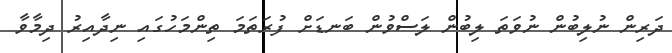
ދަރިން ނުލިބުން ނުވަތަ ލިބުން ލަސްވުން ބަނޑަށް ފުރަތަމަ ތިންމަހުގައި ނިދާއިރު ދިމާވާ